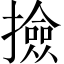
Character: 撿